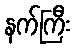
နက်ကြီး